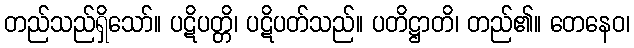
တည်သည်ရှိသော်။ ပဋိပတ္တိ၊ ပဋိပတ်သည်။ ပတိဋ္ဌာတိ၊ တည်၏။ တေနေဝ၊